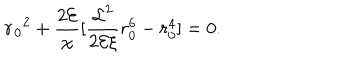
LaTeX: { \dot { r } _ { 0 } } ^ { 2 } + { \frac { 2 { \cal E } } { \chi } } [ { \frac { { \cal L } ^ { 2 } } { 2 { \cal E } \xi } } r _ { 0 } ^ { 6 } - r _ { 0 } ^ { 4 } ] = 0 .